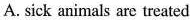
A. sick animals are treated